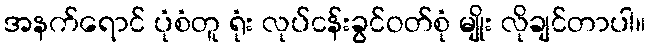
အနက်ရောင် ပုံစံတူ ရုံး လုပ်ငန်းခွင်ဝတ်စုံ မျိုး လိုချင်တာပါ။